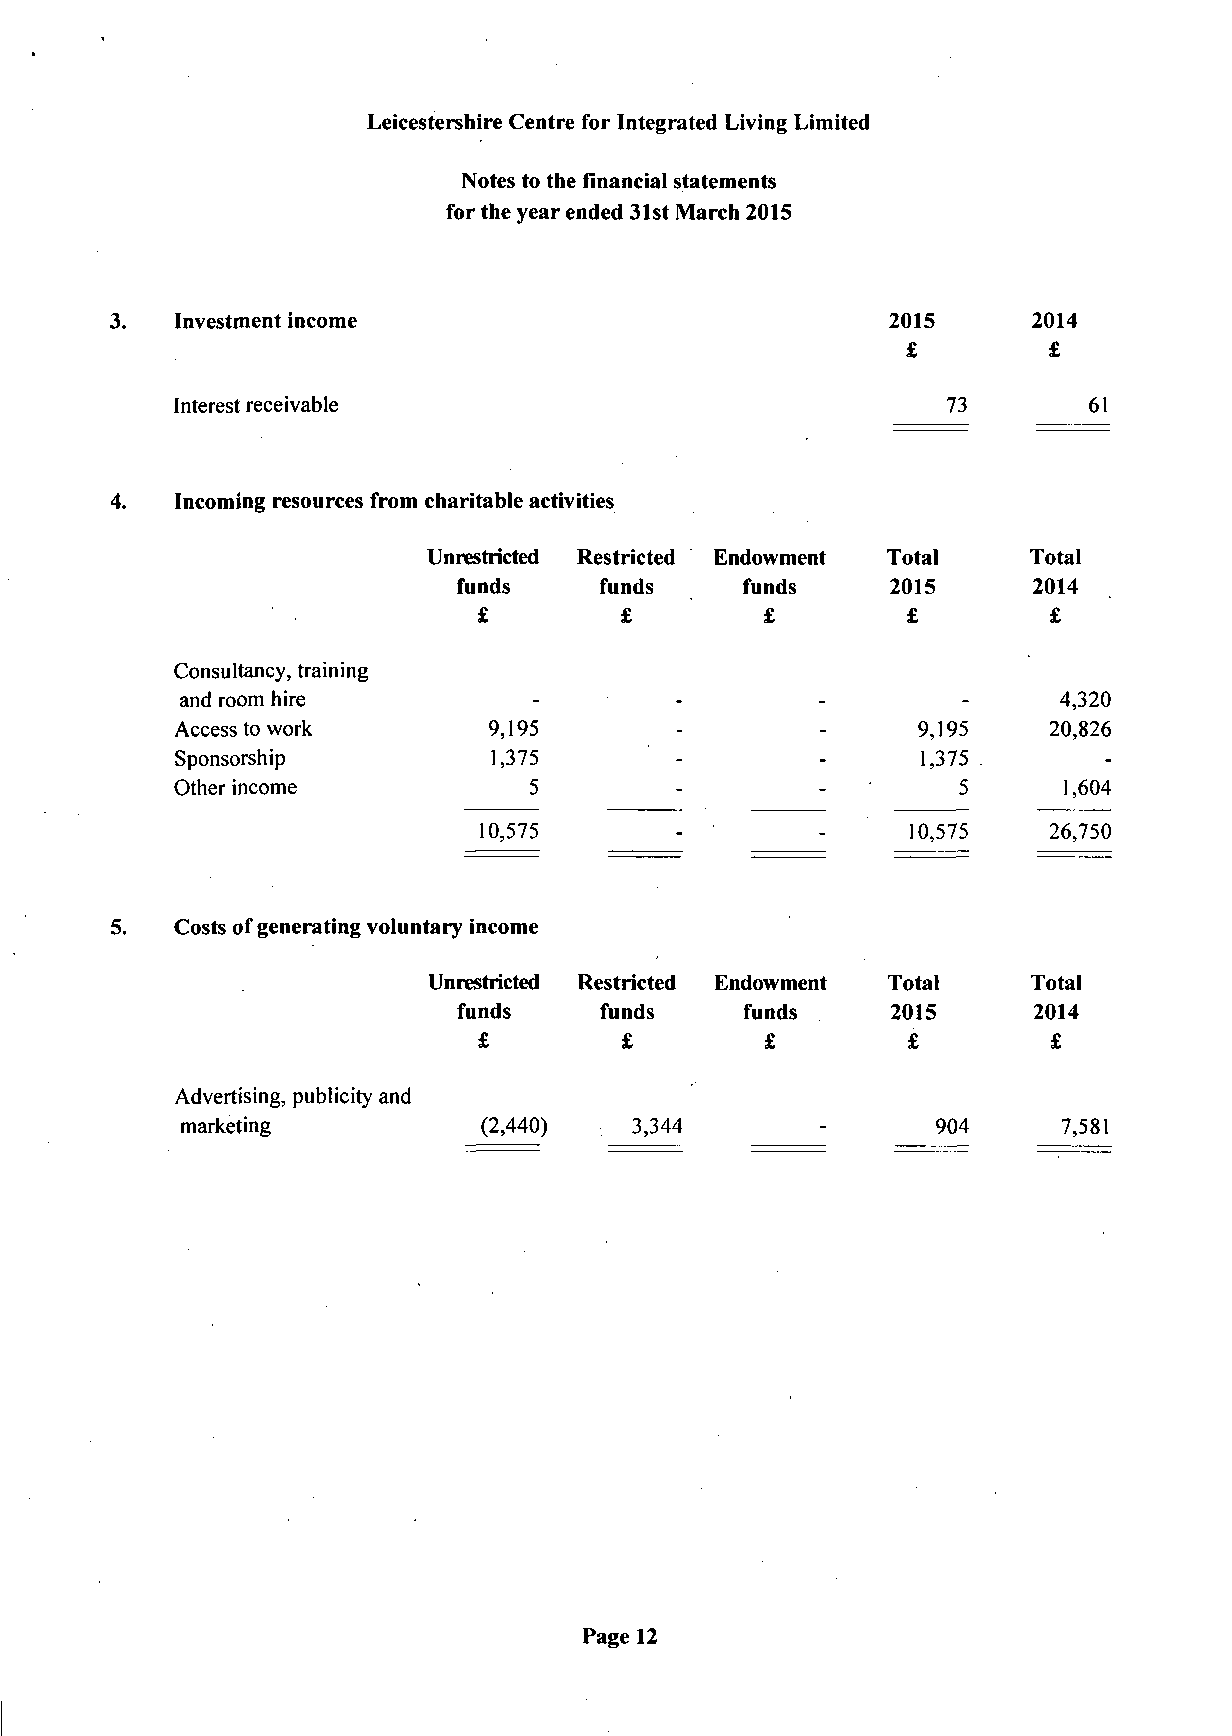
Leicestershire Centre for Integrated Living Limited
 Notes to the financial statements
 for the year ended 31st IVIarch 2015
 3.   Investment income                              2015      2014
 £        £
 Interest receivable                                73       61
 4.   Incoming resources from charitable activities
 Unrestricted Restricted Endowment Total Total
 funds     funds    funds     2015      2014
 £        £         £        £        £
 Consultancy, training
 and room hire           -        -        -         -     4,320
 Access to work       9,195       -         -     9,195    20,826
 Sponsorship          1,375       -        -      1,375
 Other income           5         -        -         5      1,604
 10,575       - '      -     10,575    26,750
 5.   Costs of generating voluntary income
 Unrestricted Restricted Endowment Total Total
 funds     funds     funds    2015      2014
 £        £         £        £        £
 Advertising, publicity and
 marketing           (2,440)   3,344       -       904     7,581
 Page 12